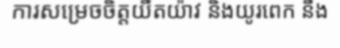
ការសម្រេចចិត្តយឺតយ៉ាវ និងយូរពេក នឹង